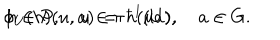
LaTeX: \phi _ { U } ( h ) ( u , a ) \, = \, h ( u a ) , \hspace { 1 , 0 c m } h \in { \cal P } , \quad u \in \pi ^ { - 1 } ( U ) , \quad a \in G .